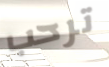
ترحب